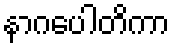
နာဂပေါတိကာ